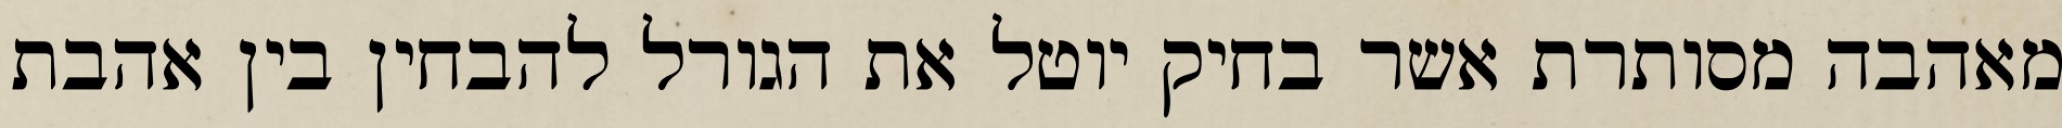
מאהבה מסותרת אשר בחיק יוטל את הגורל להבחין בין אהבת